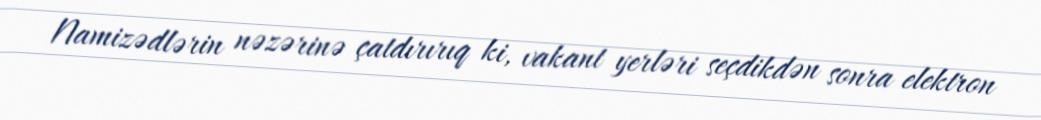
Namizədlərin nəzərinə çatdırırıq ki, vakant yerləri seçdikdən sonra elektron